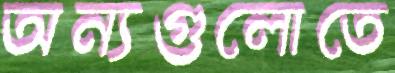
অন্যগুলোতে